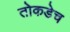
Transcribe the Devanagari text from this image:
तोकडेच